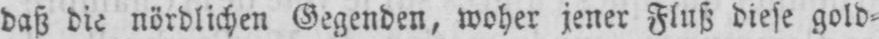
daß die nördlichen Gegenden, woher jener Fluß diese gold⸗